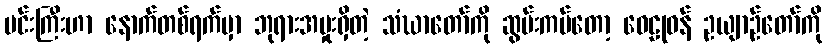
မင်းကြီးဟာ နောက်တစ်ရက်မှာ ဘုရားအမှုးရှိတဲ့ သံဃာတော်ကို ဆွမ်းကပ်တော့ ဝေဠုဝန် ဥယျာဉ်တော်ကို